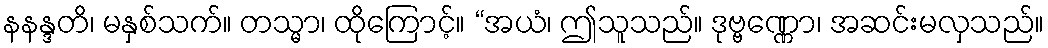
နနန္ဒတိ၊ မနှစ်သက်။ တသ္မာ၊ ထိုကြောင့်။ “အယံ၊ ဤသူသည်။ ဒုဗ္ဗဏ္ဏော၊ အဆင်းမလှသည်။